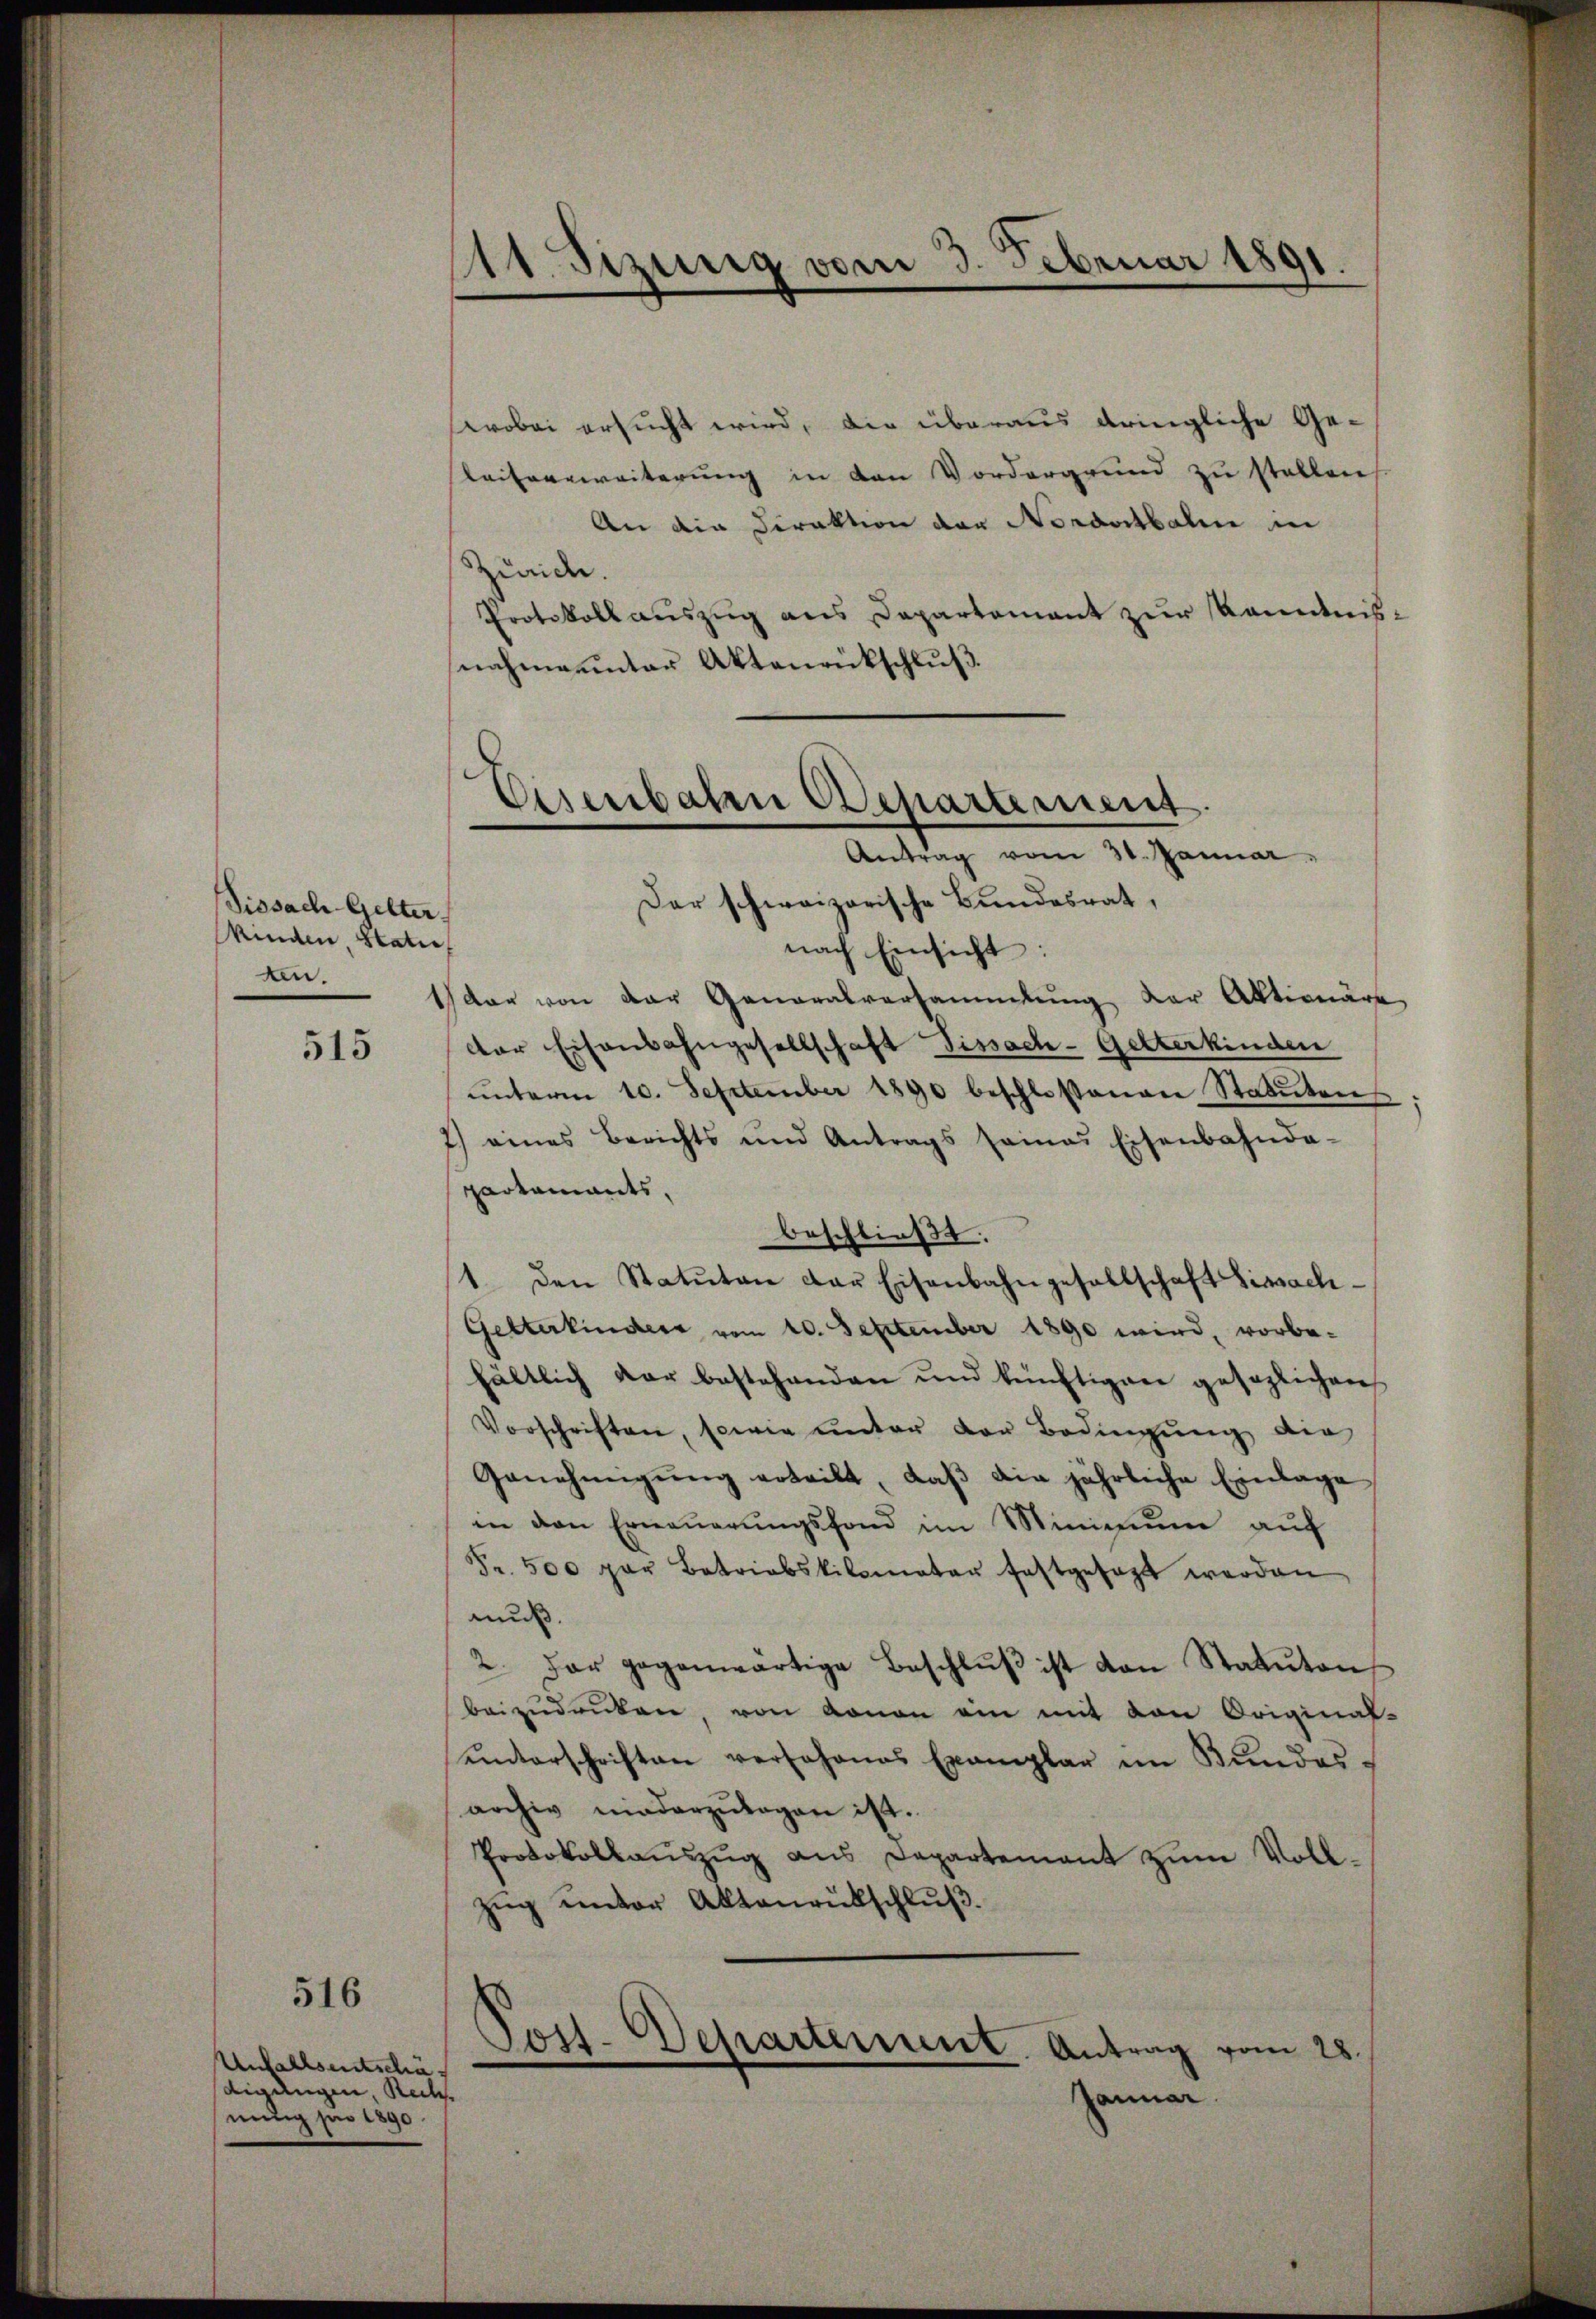
Dissach Gelter
kinden, Statie
ain.

515

516

Unfallseitschädigungen Rech
nung per 1890

111. Sizung vom 3. Februar 1891.

wobei ersucht wird, die überaus dringliche Ge-
Leiterweiterung in den Vordergrund zu stellen
An die Direktion der Nordostbahn in
Zürich.
Protokollauszug aus Departement zur Kenntnisnahmeunter Aktenrückschluß.

Eisenbahen Departement
Antrag vom 31. Januar
Der schweizerische Bundesrat,

nach Einsicht:
dar von der Generalversammlung der Aktionäre
der Eisenbahngesellschaft Fissach- Gelterkinden
ŭnterm 10. September 1890 beschlossenen Statuten
7) eines Berichts und Antrags seines Eisenbahnda-
partamants,
beschließt:
1. den Statuten der Eisenbahngesellschaft Lissach.
Getterkinders vom 10. September 1890 wird, vorbehältlich der bestehenden und künftigen gesezlichen
Vorschriften, sowie ŭnter der Bedingŭng der
Genehmigung erteilt, daß die jährliche Einlage
in den Erneŭerŭngsfond im Minimum auf
Fr. 500 par Betriebskilomater festgesezt werden
muß.
2. Der gegenwärtige Beschlŭβ ist von Statuten
beizŭdrüken, von Aonan ein mit von Original-
uinterschriften versohnes Exemplar im Kundes
archiv niederzutagen ist.
Protokollaŭszŭg ans Departement zŭm Voll-
Zŭg ŭnter Aktenrütschlŭβ

Post-Departerient. Antrag vom 28.
Januar